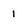
Character: 1